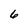
Character: 6